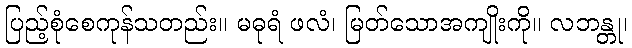
ပြည့်စုံစေကုန်သတည်း။ မဓုရံ ဖလံ၊ မြတ်သောအကျိုးကို။ လဘန္တု၊